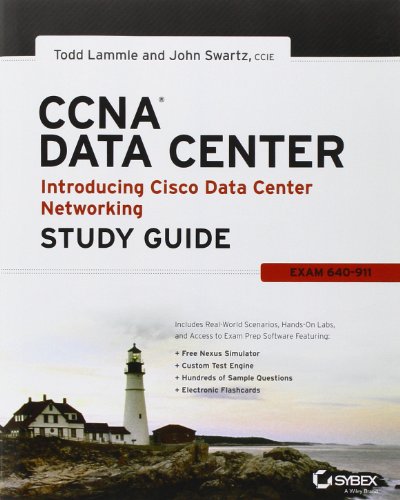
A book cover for CCNA Data Center - Introducing Cisco Data Center Networking Study Guide: Exam 640-911; Todd Lammle; Computers & Technology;